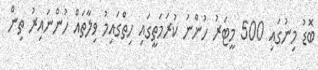
ބޮޑު މިނުގައި 500 މީޓަރު ހުންނަ ކުރަމަތީގައި ހިތްގައިމު ވިލާތައް ހުންނައިރު ތިން